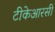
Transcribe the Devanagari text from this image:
टीकेआरसी